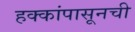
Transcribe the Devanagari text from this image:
हक्कांपासूनची